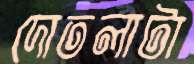
দোতলাটা